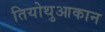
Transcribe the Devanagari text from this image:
तियोथुआकान